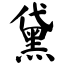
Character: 黛